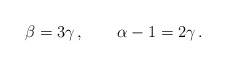
\begin{align*}\beta=3\gamma\,, \qquad \alpha-1 = 2\gamma\,.\end{align*}